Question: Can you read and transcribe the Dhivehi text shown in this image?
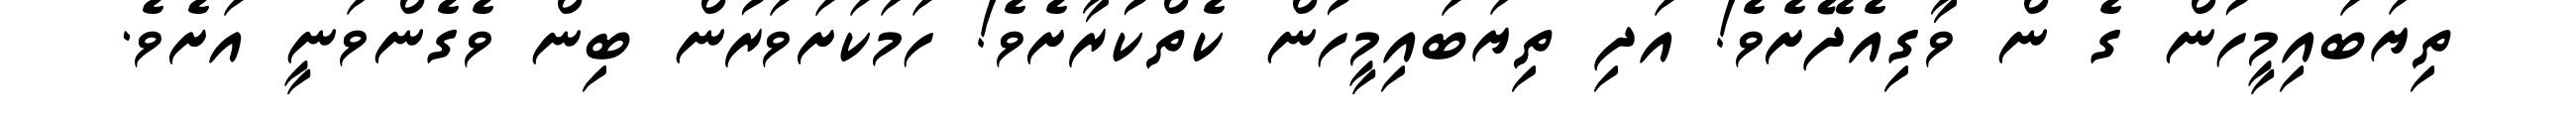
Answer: ތިޔަބައިމީހުން ގެ ން ވާގިއެދޭށެވެ! އަދި ތިޔަބައިމީހުން ކެތްކުރާށެވެ! ހަމަކަށަވަރުން ބިން ވެގެންވަނީ އަށެވެ.